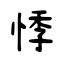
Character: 悸